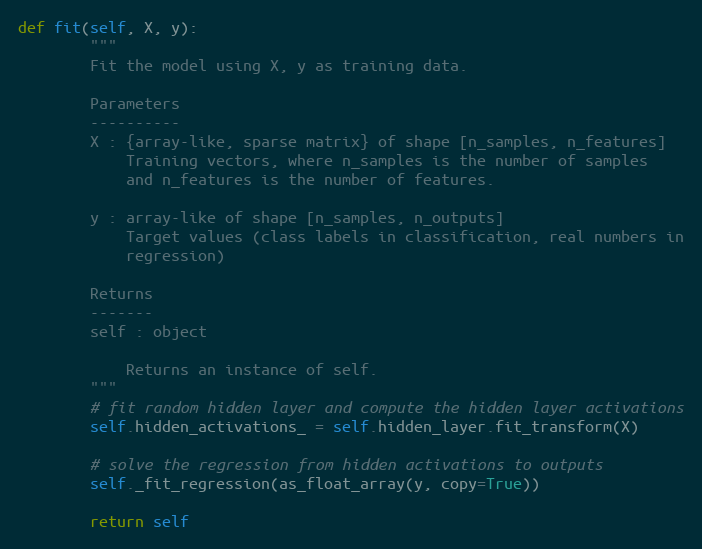
Language: Python
def fit(self, X, y):
        """
        Fit the model using X, y as training data.

        Parameters
        ----------
        X : {array-like, sparse matrix} of shape [n_samples, n_features]
            Training vectors, where n_samples is the number of samples
            and n_features is the number of features.

        y : array-like of shape [n_samples, n_outputs]
            Target values (class labels in classification, real numbers in
            regression)

        Returns
        -------
        self : object

            Returns an instance of self.
        """
        # fit random hidden layer and compute the hidden layer activations
        self.hidden_activations_ = self.hidden_layer.fit_transform(X)

        # solve the regression from hidden activations to outputs
        self._fit_regression(as_float_array(y, copy=True))

        return self